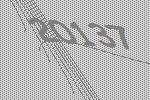
20137